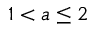
1 < a \le 2